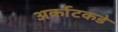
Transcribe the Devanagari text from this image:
अर्काटकडे